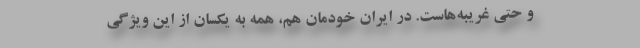
و حتی غریبه‌هاست. در ایرانِ خودمان هم، همه به یکسان از این ویژگی